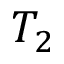
T _ { 2 }